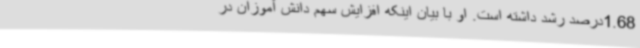
1.68درصد رشد داشته است. او با بیان اینکه افزایش سهم دانش آموزان در